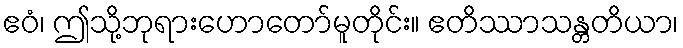
ဧဝံ၊ ဤသို့ဘုရားဟောတော်မူတိုင်း။ ဧတိဿာသန္တတိယာ၊